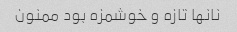
نانها تازه و خوشمزه بود ممنون